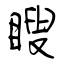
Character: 瞍